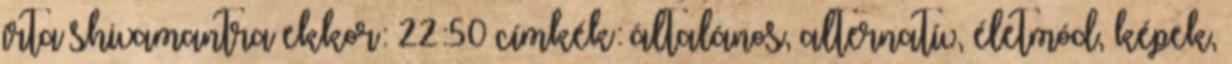
írta shivamantra ekkor: 22:50 címkék: általános, alternatív, életmód, képek,